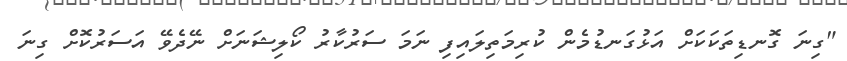
"ގިނަ ގޮނޑިތަކަކަށް އަޅުގަނޑުމެން ކުރިމަތިލައިފި ނަމަ ސަރުކާރު ކޯލިޝަނަށް ނޭދެވޭ އަސަރުކޮށް ގިނަ